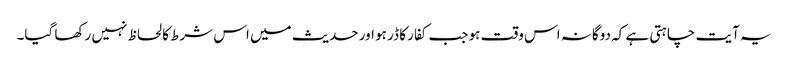
یہ آیت چاہتی ہے کہ دوگانہ اس وقت ہو جب کفار کا ڈر ہو اور حدیث میں اس شرط کا لحاظ نہیں رکھا گیا۔